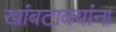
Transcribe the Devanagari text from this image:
खांबटाक्यांना